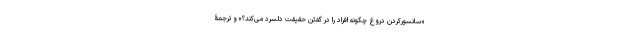
«سانسورکردن دروغ چگونه افراد را در گفتن حقیقت دلسرد می‌کند؟» و ترجمۀ